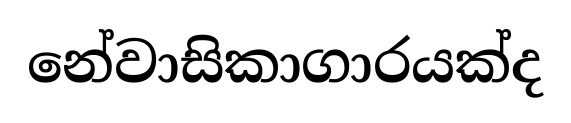
නේවාසිකාගාරයක්ද